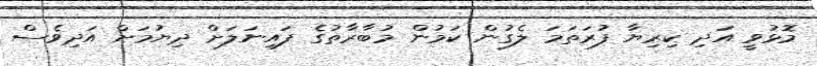
މޮޅުވީ އަދި ކިރިޔާ ފުރަތަމަ ލެގުން ކަމުން މުބާރާތުގެ ފައިނަލަށް ދިޔުމަށް އަދިވެސް